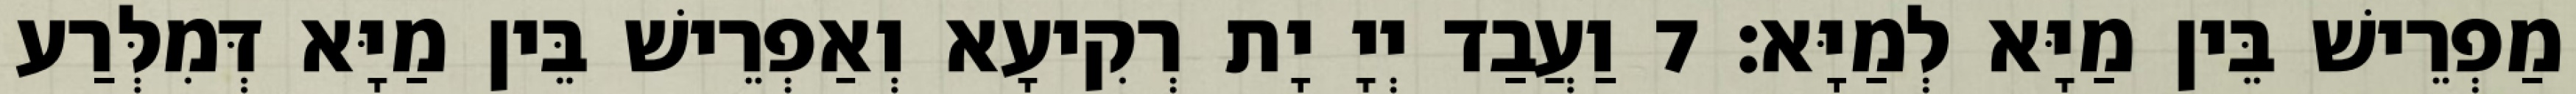
מַפְרֵישׁ בֵּין מַיָּא לְמַיָּא׃ 7 וַעֲבַד יְיָ יָת רְקִיעָא וְאַפְרֵישׁ בֵּין מַיָּא דְּמִלְּרַע